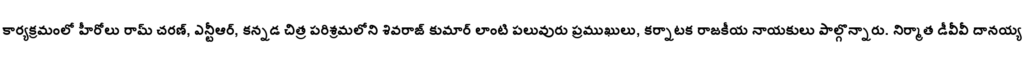
కార్యక్రమంలో హీరోలు రామ్ చరణ్, ఎన్టీఆర్, కన్నడ చిత్ర పరిశ్రమలోని శివరాజ్ కుమార్ లాంటి పలువురు ప్రముఖులు, కర్నాటక రాజకీయ నాయకులు పాల్గొన్నారు. నిర్మాత డీవీవీ దానయ్య